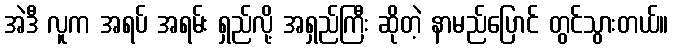
အဲဒီ လူက အရပ် အရမ်း ရှည်လို့ အရှည်ကြီး ဆိုတဲ့ နာမည်ပြောင် တွင်သွားတယ်။